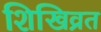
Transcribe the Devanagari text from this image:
शिखिव्रत